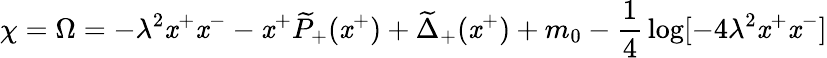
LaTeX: \chi=\Omega=-\lambda^{2}\mathit{x}^{+}\mathit{x}^{-}-\mathit{x}^{+}\widetilde{{P}}_{+}(\mathit{x}^{+})+\widetilde{{\Delta}}_{+}(\mathit{x}^{+})+m_{0}-{\frac{{1}}{{4}}}\log[-4\lambda^{2}\mathit{x}^{+}\mathit{x}^{-}]